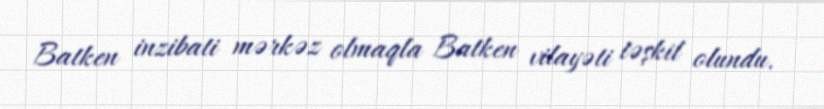
Batken inzibati mərkəz olmaqla Batken vilayəti təşkil olundu.